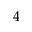
^ { 4 }